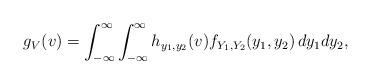
LaTeX: \begin{align*} g_V(v) =\int_{-\infty}^\infty \int_{-\infty}^\infty h_{y_1,y_2}(v)f_{Y_1,Y_2}(y_1,y_2)\, dy_1dy_2,\end{align*}